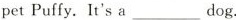
pet Puffy.It's a ___ dog.